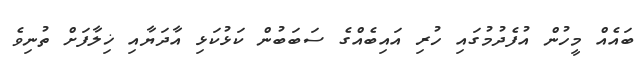
ބައެއް މީހުން އުފެދުމުގައި ހުރި އައިބެއްގެ ސަބަބުން ކަޅުކަޅި އާދަޔާއި ޚިލާފަށް ތުނިވެ